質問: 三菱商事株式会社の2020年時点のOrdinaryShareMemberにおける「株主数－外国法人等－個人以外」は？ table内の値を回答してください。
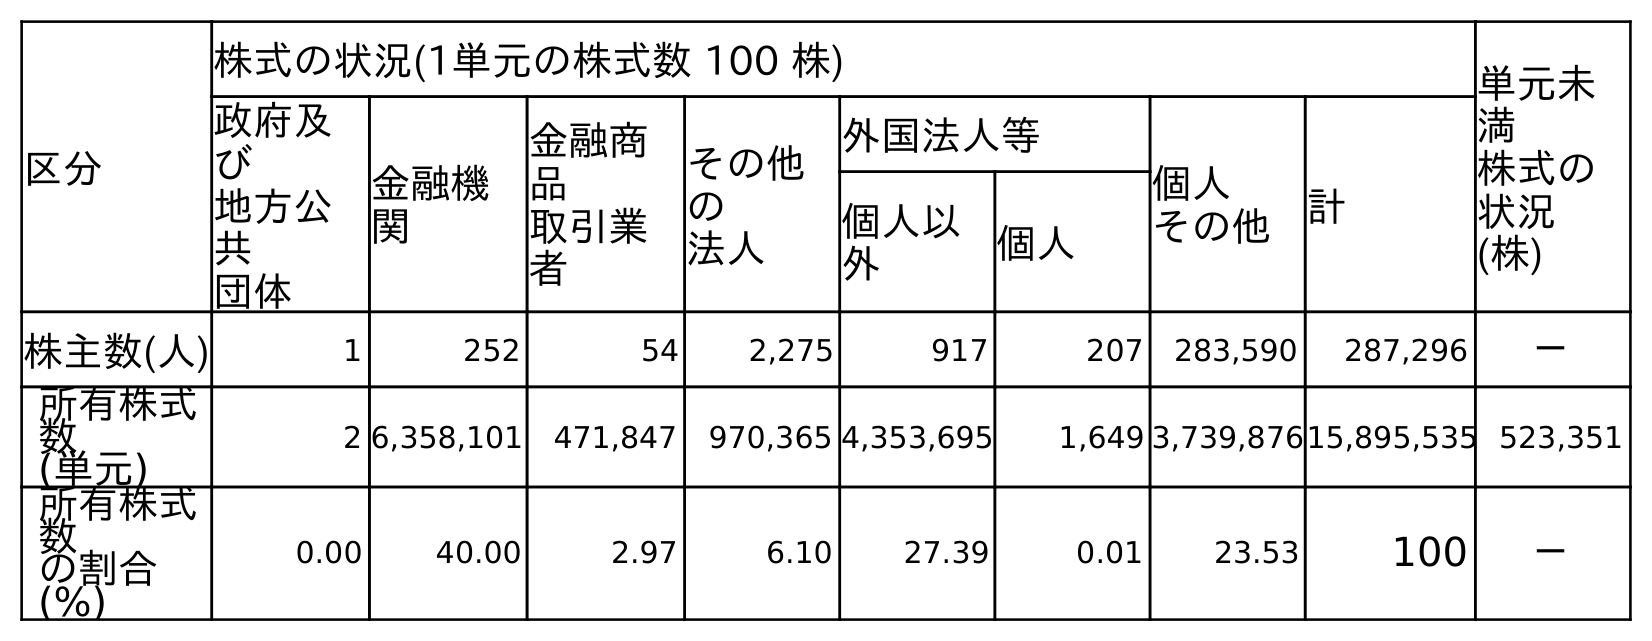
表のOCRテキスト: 区分 株式の状況(1単元の株式数 100 株) 単元未 満 株式の 状況 (株) 政府及 び 地方公 共 団体 金融機 関 金融商 品 取引業 者 その他 の 法人 外国法人等 個人 その他 計 個人以 外 個人 株主数(人) 1 252 54 2,275 917 207 283,590 287,296 － 所有株式 数 (単元) 2 6,358,101 471,847 970,365 4,353,695 1,649 3,739,87615,895,535 523,351 所有株式 数 の割合 (%) 0.00 40.00 2.97 6.10 27.39 0.01 23.53 100 －
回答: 917